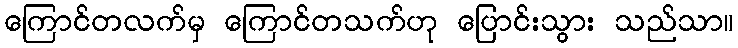
ကြောင်တလက်မှ ကြောင်တသက်ဟု ပြောင်းသွား သည်သာ။